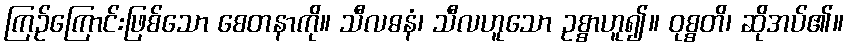
ကြဉ်ကြောင်းဖြစ်သော စေတနာကို။ သီလဓနံ၊ သီလဟူသော ဥစ္စာဟူ၍။ ဝုစ္စတိ၊ ဆိုအပ်၏။